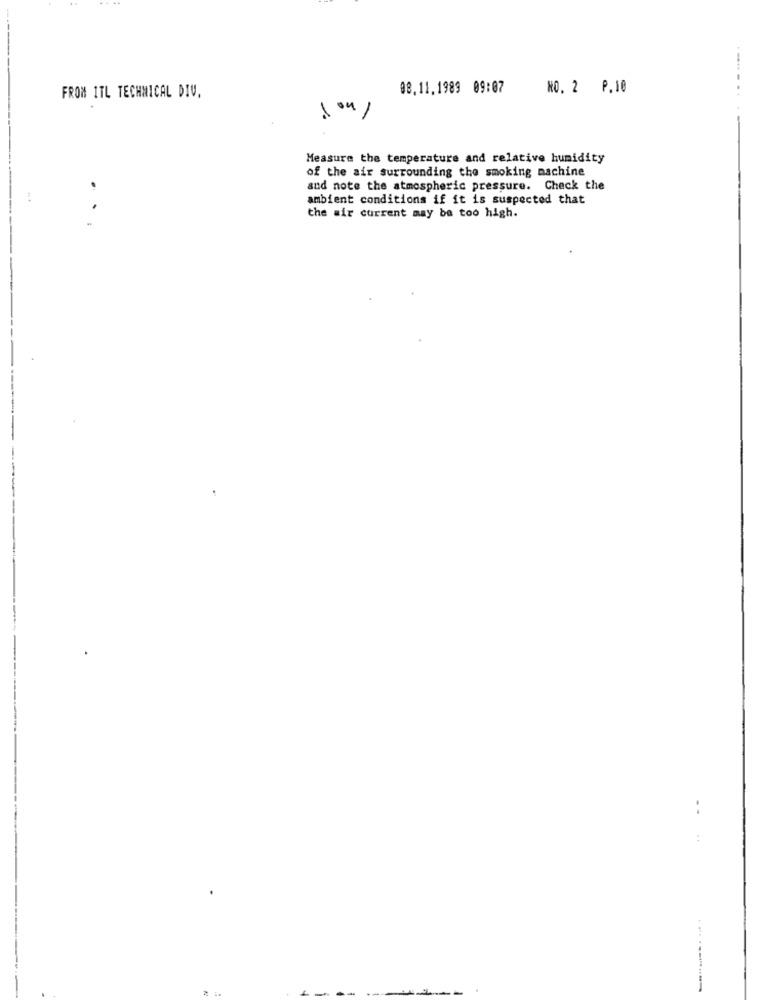
......
08.11.1989 09:07
NO. 2 P.10
FROM 1TL TECHNICAL DIV.
..
Measure the temperature and relative humidity
of the air surrounding the smoking machine
and note the atmospheric pressure. Check the
ambient conditions if it is suspected that
..
the air current may be too high.
--